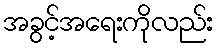
အခွင့်အရေးကိုလည်း